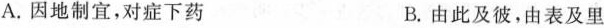
A.因地制宜，对症下药 B.由此及彼，由表及里